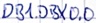
Text: DB1.DBX0.0